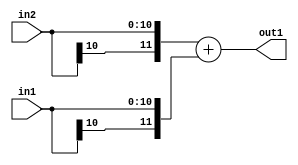
`timescale 1ps / 1ps
/*****************************************************************************
    Verilog RTL Description
    
    
    Created by: Stratus DpOpt 2019.1.01 
*******************************************************************************/

module SobelFilter_Add_11Sx11S_12S_4 (
	in2,
	in1,
	out1
	); /* architecture "behavioural" */ 
input [10:0] in2,
	in1;
output [11:0] out1;
wire [11:0] asc001;

assign asc001 = 
	+({in2[10], in2})
	+({in1[10], in1});

assign out1 = asc001;
endmodule

/* CADENCE  ubP4TAk= : u9/ySgnWtBlWxVPRXgAZ4Og= ** DO NOT EDIT THIS LINE ******/